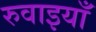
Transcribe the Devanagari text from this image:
रुवाइयाँ